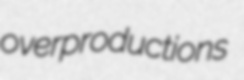
overproductions